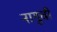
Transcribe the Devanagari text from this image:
नागूची